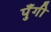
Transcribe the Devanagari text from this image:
पुँगी